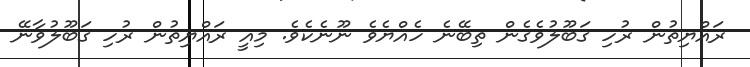
ރައްޔިތުން ރުހި ގަބޫލުވެގެން ތިބޭނެ ހެއްޔެވެ ނޫނެކެވެ. މިއީ ރައްޔިތުން ރުހި ގަބޫލުވާނޭ